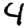
Digit: 4